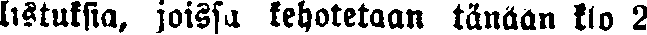
listuksia, joissa kehotetaan tänään klo 2